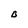
Character: B